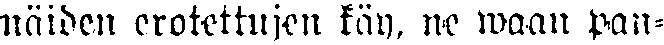
näiden erotettujen käy, ne waan pan-